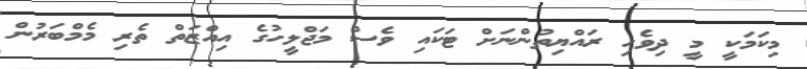
މިކަމަކީ މީ ދިވެހި ރައްޔިތުންނަށް ޓަކައި ވެސް މަޖްލީހުގެ އިއްޒަތް ތެރި މެމްބަރުން